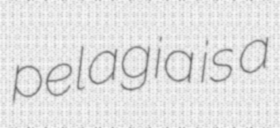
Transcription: pelagia is a